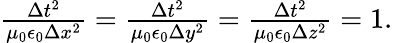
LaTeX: \begin{array}{r}{\frac{\Delta t^{2}}{\mu_{0}\epsilon_{0}\Delta x^{2}}=\frac{\Delta t^{2}}{\mu_{0}\epsilon_{0}\Delta y^{2}}=\frac{\Delta t^{2}}{\mu_{0}\epsilon_{0}\Delta z^{2}}=1.}\end{array}